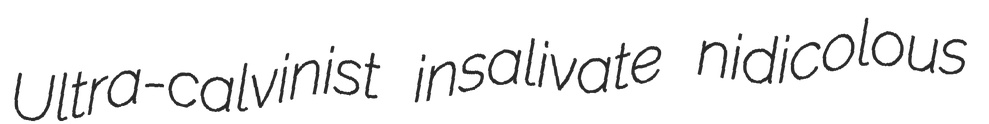
Ultra-calvinist insalivate nidicolous